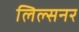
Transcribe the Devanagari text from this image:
लिल्सनर